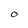
Character: O